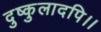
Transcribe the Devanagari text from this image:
दुष्कुलादपि।।